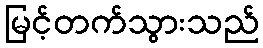
မြင့်တက်သွားသည်